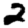
Digit: 2